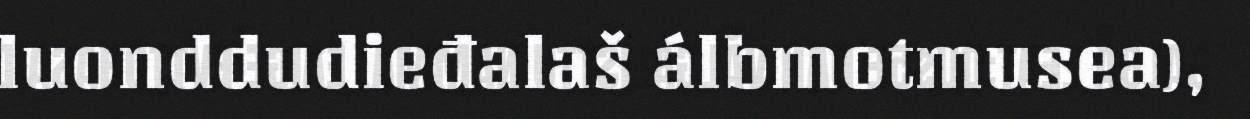
luonddudieđalaš álbmotmusea),